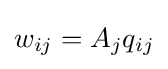
w_{ij}=A_{j}q_{ij}